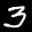
Label: 3